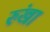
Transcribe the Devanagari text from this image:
रुंखा